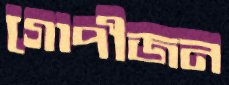
গোপীজন